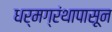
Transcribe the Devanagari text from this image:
धर्मग्रंथापासून